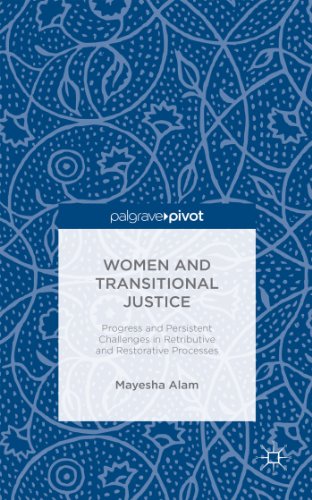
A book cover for Women and Transitional Justice: Progress and Persistent Challenges in Retributive and Restorative Processes (Palgrave Pivot); Mayesha Alam; Law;